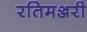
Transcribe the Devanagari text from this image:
रतिमञ्जरी